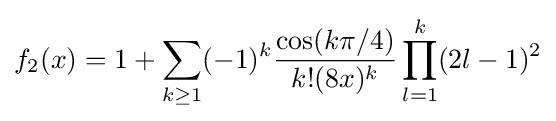
f_{2}(x)=1+\sum _{k\geq 1}(-1)^{k}{\frac {\cos(k\pi /4)}{k!(8x)^{k}}}\prod _{l=1}^{k}(2l-1)^{2}